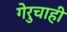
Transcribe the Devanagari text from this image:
गेरुचाही